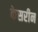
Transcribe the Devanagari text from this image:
केसरीन